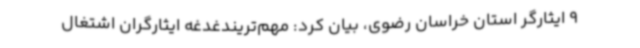
9 ایثارگر استان خراسان رضوی، بیان کرد: مهم‌تریندغدغه ایثارگران اشتغال